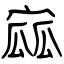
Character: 寙